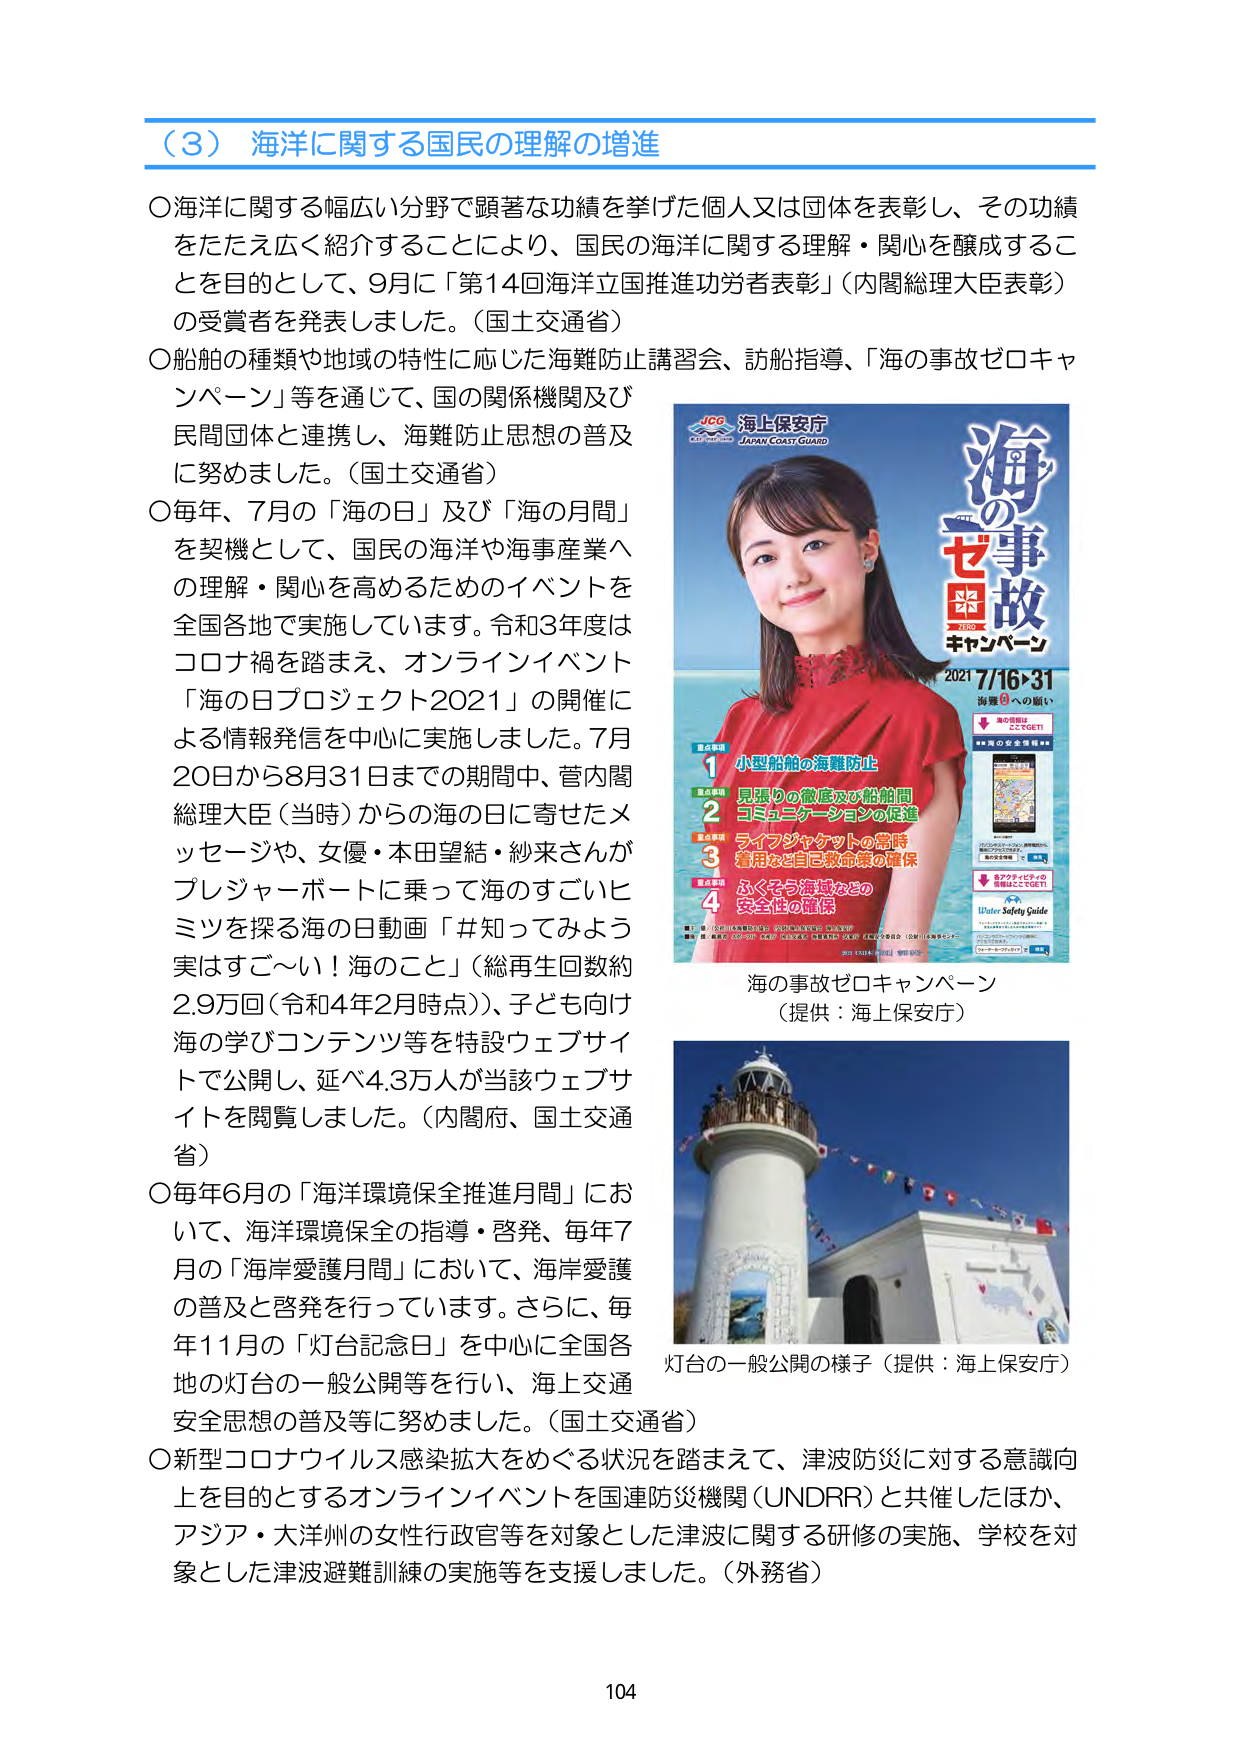
（3）海洋に関する国民の理解の増進

○海洋に関する幅広い分野で顕著な功績を挙げた個人又は団体を表彰し、その功績をたたえ広く紹介することにより、国民の海洋に関する理解・関心を醸成することを目的として、9月に「第14回海洋立国推進功労者表彰」（内閣総理大臣表彰）の受賞者を発表しました。（国土交通省）

○船舶の種類や地域の特性に応じた海難防止講習会、訪船指導、「海の事故ゼロキャンペーン」等を通じて、国の関係機関及び民間団体と連携し、海難防止思想の普及に努めました。（国土交通省）

○毎年、7月の「海の日」及び「海の月間」を契機として、国民の海洋や海事産業への理解・関心を高めるためのイベントを全国各地で実施しています。令和3年度はコロナ禍を踏まえ、オンラインイベント「海の日プロジェクト2021」の開催による情報発信を中心に実施しました。7月20日から8月31日までの期間中、菅内閣総理大臣（当時）からの海の日に寄せたメッセージや、女優・本田望結・紗来さんがプレジャーボートに乗って海のすごいヒミツを探る海の日動画「＃知ってみよう実はすご～い！海のこと」（総再生回数約2.9万回（令和4年2月時点））、子ども向け海の学びコンテンツ等を特設ウェブサイトで公開し、延べ4.3万人が当該ウェブサイトを閲覧しました。（内閣府、国土交通省）

○毎年6月の「海洋環境保全推進月間」において、海洋環境保全の指導・啓発、毎年7月の「海岸愛護月間」において、海岸愛護の普及と啓発を行っています。さらに、毎年11月の「灯台記念日」を中心に全国各地の灯台の一般公開等を行い、海上交通安全思想の普及等に努めました。（国土交通省）

○新型コロナウイルス感染拡大をめぐる状況を踏まえて、津波防災に対する意識向上を目的とするオンラインイベントを国連防災機関（UNDRR）と共催したほか、アジア・大洋州の女性行政官等を対象とした津波に関する研修の実施、学校を対象とした津波避難訓練の実施等を支援しました。（外務省）

JCG 海上保安庁
JAPAN COAST GUARD

海の事故
ZERO
キャンペーン
2021 7/16→31
海里へへの願い

重点事項
1 小型船舶の海難防止
2 見張りの徹底及び船舶間コミュニケーションの促進
3 ライフジャケットの常時着用など自己救命策の確保
4 ふくそう漁獲などの安全性の確保

海の事故ゼロキャンペーン
（提供：海上保安庁）

灯台の一般公開の様子（提供：海上保安庁）

104